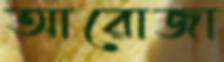
আরোজা